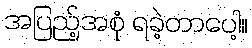
အပြည့်အစုံ ရခဲ့တာပေါ့။